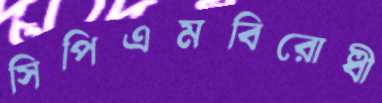
সিপিএমবিরোধী